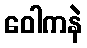
ဝေါကနဲ